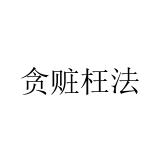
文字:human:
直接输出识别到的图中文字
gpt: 贪赃枉法